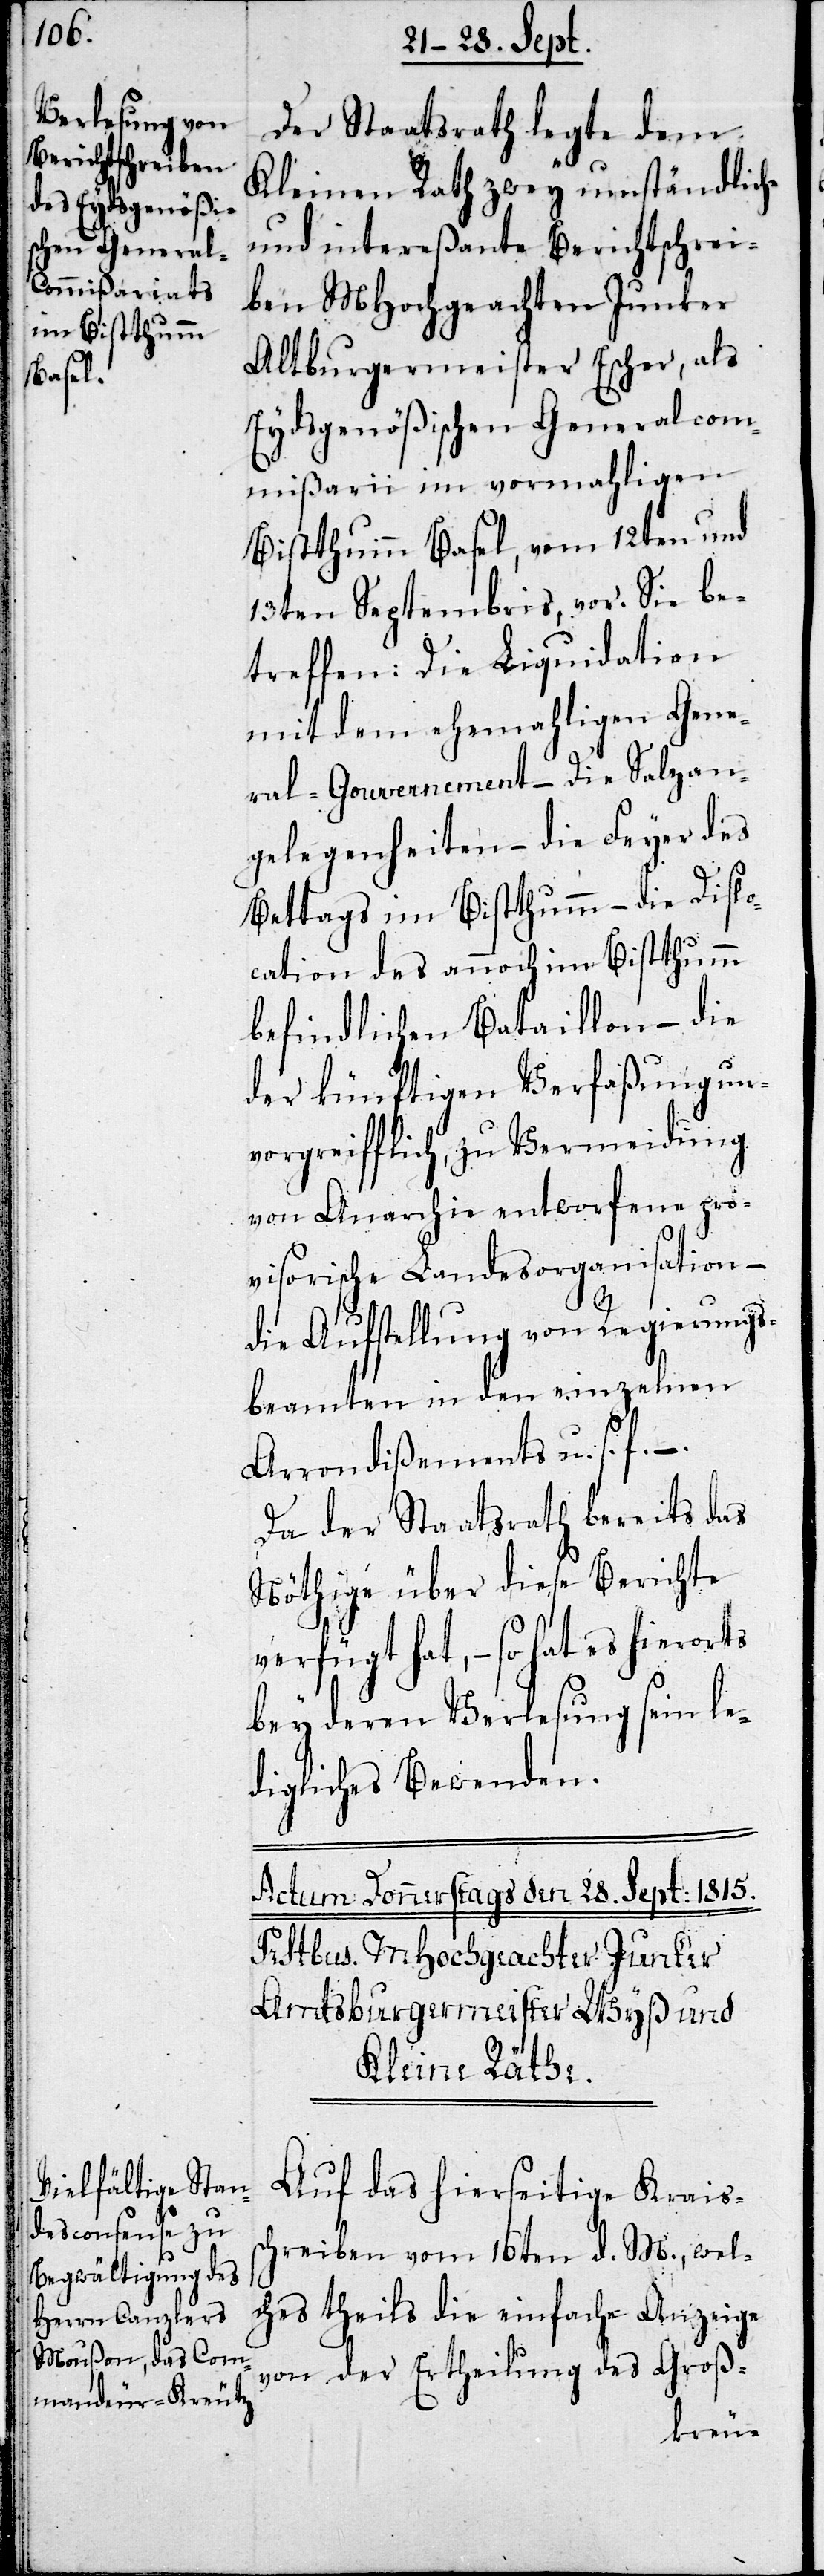
Der Staatsrath legte dem
Kleinen Rath zwey umständliche
und intereßante Berichtschrei¬
ben MHochgeachten Junker
Altburgermeister Escher, als
Eydsgenößischen Generalcom¬
mißarii im vormahligen
Bisthumm Basel, vom 12ten und
13ten Septembris, vor. Sie be¬
treffen: die Liquidation
mit dem ehemaligen Gene¬
ral-Gouvernement – die Salzan¬
gelegenheiten – die Feyer des
Bettags im Bistthumm – die Dislo¬
cation des annoch im Bistthumm
befindlichen Bataillon – die
der künftigen Verfaßung un¬
vorgreiffliche, zu Vermeidung
von Anarchie entworfene pro¬
visorische Landesorganisation –
die Aufstellung von Regierungs¬
beamten in den einzelnen
Arrondißements u.s.f. –.
Da der Staatsrath bereits das
Nöthige über diese Berichte
verfügt hat, – so hat es
bey deren Verlesung sein le¬
digliches Bewenden.
Auf das hierseitige Krais¬
schreiben vom 16ten d. M., welc¬
hes theils die einfache Anzeige
von der Ertheilung des Groß-